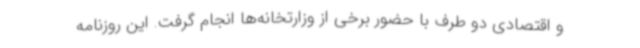
و اقتصادی دو طرف با حضور برخی از وزارتخانه‌ها انجام گرفت. این روزنامه